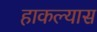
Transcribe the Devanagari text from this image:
हाकल्यास